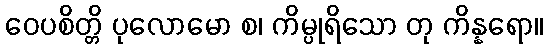
ဝေပစိတ္တိ ပုလောမော စ၊ ကိမ္ပုရိသော တု ကိန္နရော။